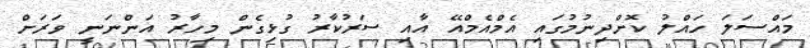
މައްސަލަ ހައްލު ކޮށްދިނުމުގައި އެމްއެމްއޭ އާއި ސަރުކާރު ގުޅިގެން މިހާރު އަންނަނީ ވަރަށް